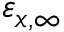
\varepsilon _ { x , \infty }